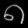
Digit: ၈